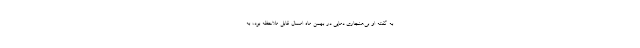
به گفته او بی‌هنجاری دمایی در بهمن ماه امسال قابل ملاحظه بود، به‌